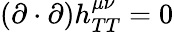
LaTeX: (\mathbf{\partial}\cdot\mathbf{\partial})h_{TT}^{\mu\nu}=0